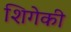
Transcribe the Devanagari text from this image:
शिगेकी